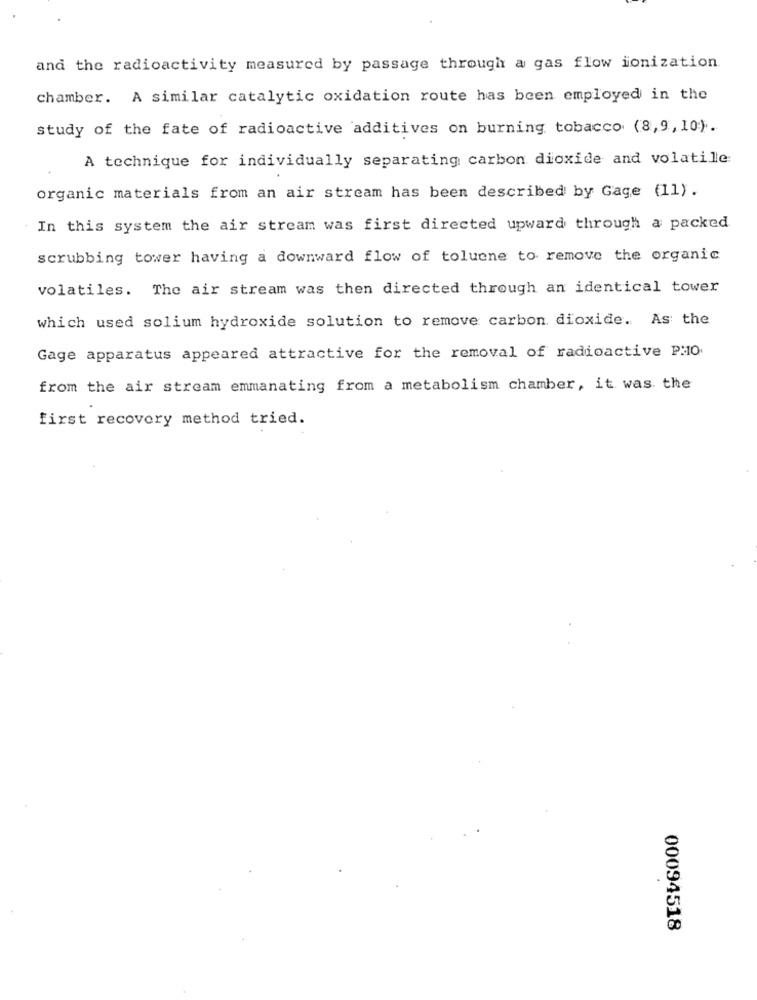
and the radioactivity measured by passage through a gas flow ionization.
chamber. A similar catalytic oxidation route has been employed in the
study of the fate of radioactive additives on burning tobacco (8,9, 10).
A technique for individually separating carbon dioxide and volatile:
organic materials from an air stream has been described by Gage (11).
In this system the air stream was first directed upward through a packed
scrubbing tower having a downward flow of toluene to remove the organic
volatiles. The air stream was then directed through an identical tower
which used solium hydroxide solution to remove carbon dioxide. As the
Gage apparatus appeared attractive for the removal of radioactive P:10.
from the air stream emmanating from a metabolism chamber, it was the
first recovery method tried.
00094518